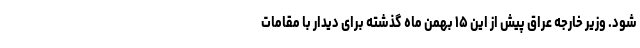
شود. وزیر خارجه عراق پیش از این ۱۵ بهمن ماه گذشته برای دیدار با مقامات